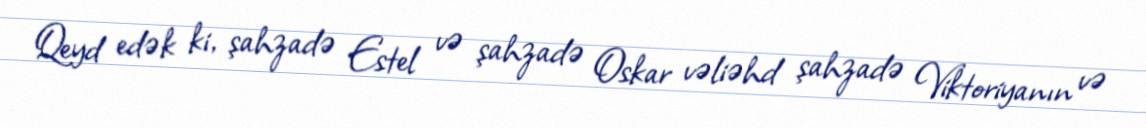
Qeyd edək ki, şahzadə Estel və şahzadə Oskar vəliəhd şahzadə Viktoriyanın və